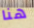
هنا